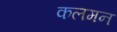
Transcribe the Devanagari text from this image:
कलमन